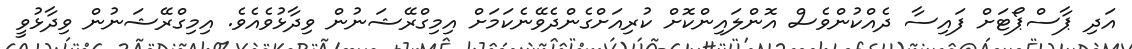
އަދި ޕާސްޕޯޓަށް ފައިސާ ދެއްކުންވެސް އޮންލައިންކޮށް ކުރިއަށްގެންދެވޭނެކަމަށް އިމިގްރޭޝަނުން ވިދާޅުވެއެވެ. އިމިގްރޭޝަނުން ވިދާޅުވީ